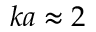
k a \approx 2